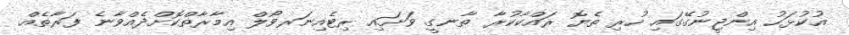
އުކުޅަހު އިންޖީނުގޭގައި ހުރި ތެޔޮ ރައްކާކުރާ ތާނގީ ވަށައި ރިޓެއިނަރވޯލް އިމާރާތްކޮށްދެއްވާނެ ފަރާތެއް